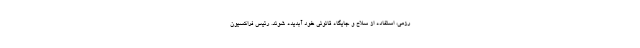
رزمی، استفاده از سلاح و جایگاه قانونی خود آبدیده شوند. رئیس فراکسیون